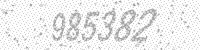
Solution: 985382